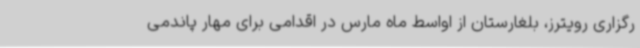
رگزاری رویترز، بلغارستان از اواسط ماه مارس در اقدامی برای مهار پاندمی